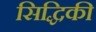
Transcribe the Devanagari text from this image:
सिद्धिकी